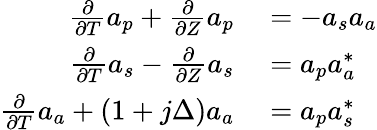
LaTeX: \begin{array}{rl}{\frac{\partial}{\partial T}a_{p}+\frac{\partial}{\partial Z}a_{p}}&{{}=-a_{s}a_{a}}\\ {\frac{\partial}{\partial T}a_{s}-\frac{\partial}{\partial Z}a_{s}}&{{}=a_{p}a_{a}^{*}}\\ {\frac{\partial}{\partial T}a_{a}+(1+j\Delta)a_{a}}&{{}=a_{p}a_{s}^{*}}\end{array}